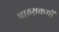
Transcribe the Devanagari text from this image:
पाठय़क्रमों